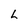
Character: L